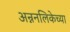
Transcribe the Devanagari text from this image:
अन्ननलिकेच्या